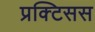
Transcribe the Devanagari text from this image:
प्रक्टिसस